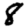
Digit: 8